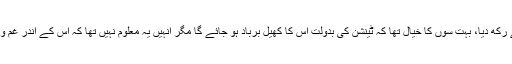
اس دورے کے دوران وسیم کے رویہ نے اس کے مخالفوں کو زچ کر کے رکھ دیا، بہت سوں کا خیال تھا کہ ٹینشن کی بدولت اس کا کھیل برباد ہو جائے گا مگر انہیں یہ معلوم نہیں تھا کہ اس کے اندر غم و غصہ کا جوالا مکھی جب باہر نکلا تو ہر سواس کی دہشت چھا جائے گی۔